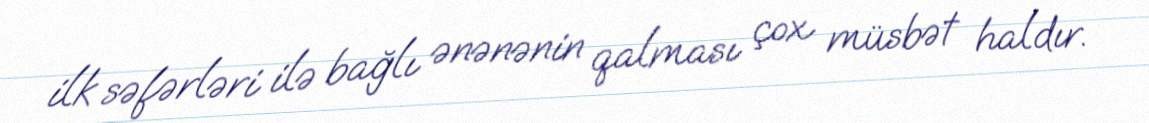
ilk səfərləri ilə bağlı ənənənin qalması çox müsbət haldır.